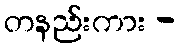
တနည်းကား -